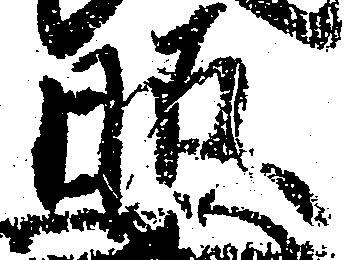
照